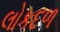
લોકદળ